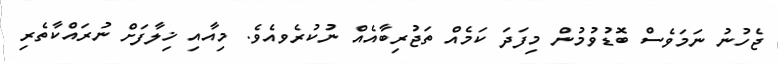
ޖެހުނު ނަމަވެސް ބޮޑުވުމުން މިފަދަ ކަމެއް ތަޖުރިބާއެއް ނުކުރެވއެވެ. މިއާއި ޚިލާފަށް ނުރައްކާތެރި